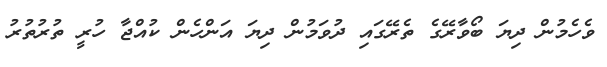
ވެހެމުން ދިޔަ ބޯވާރޭގެ ތެރޭގައި ދުވަމުން ދިޔަ އަންހެން ކުއްޖާ ހުރީ ތުރުތުރު